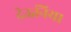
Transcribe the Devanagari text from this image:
देऊनिया